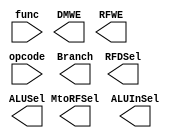
`timescale 1ns / 1ps
//////////////////////////////////////////////////////////////////////////////////
// Company: 
// Engineer: 
// 
// Design Name: 
// Module Name: Control_Unit
// Project Name: 
// Target Devices: 
// Tool Versions: 
// Description: 
// 
// Dependencies: 
// 
// Revision:
// Revision 0.01 - File Created
// Additional Comments:
// 
//////////////////////////////////////////////////////////////////////////////////


module Control_Unit(
    input [5:0] opcode,
    input [5:0] func,
    output MtoRFSel,
    output DMWE,
    output Branch,
    output ALUInSel,
    output RFDSel,
    output RFWE,
    output ALUSel
);
    reg ALUOp;
    
endmodule